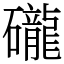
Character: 礲